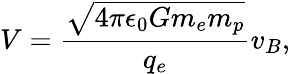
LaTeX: V=\frac{\sqrt{4\pi\epsilon_{0}Gm_{e}m_{p}}}{q_{e}}v_{B},